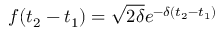
f ( t _ { 2 } - t _ { 1 } ) = \sqrt { 2 \delta } e ^ { - \delta ( t _ { 2 } - t _ { 1 } ) }